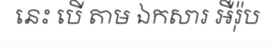
នេះ បើ តាម ឯកសារ អឺរ៉ុប